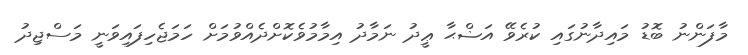
މާފަންނު ބޮޑު މައިދާނުގައި ކުރެވޭ އަޟްޙާ ޢީދު ނަމާދު އިމާމުވެކޮށްދެއްވުމަށް ހަމަޖެހިފައިވަނީ މަސްޖިދު